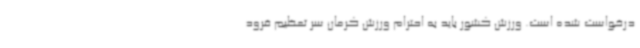
درخواست شده است. ورزش کشور باید به احترام ورزش کرمان سر تعظیم فرود